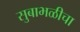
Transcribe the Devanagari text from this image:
सुबाभळीचा